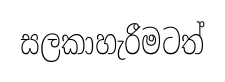
සලකාහැරීමටත්